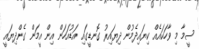
ސީމާ މި ވާހަކައެއް ކިޔައިދެމުން ދިޔައިރު ގޮނޑީގައި އަޑުއަހަން އިން އީމަން ގެންދިޔައީ